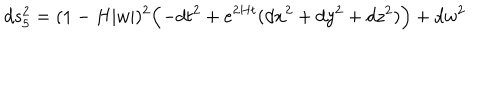
LaTeX: d s _ { 5 } ^ { 2 } = ( 1 - H | w | ) ^ { 2 } \Bigl ( - d t ^ { 2 } + e ^ { 2 H t } ( d x ^ { 2 } + d y ^ { 2 } + d z ^ { 2 } ) \Bigr ) + d w ^ { 2 }